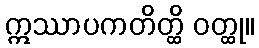
ဣဿာပကတိတ္ထိ ဝတ္ထု။